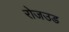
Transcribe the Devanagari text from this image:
रोजउड